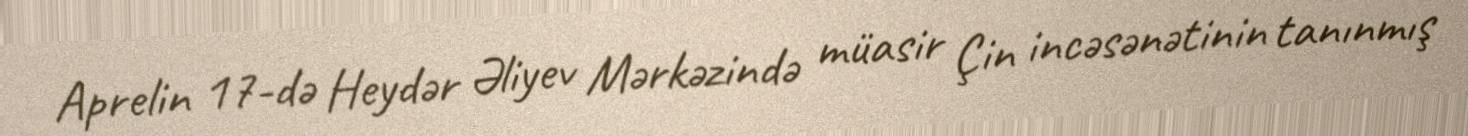
Aprelin 17-də Heydər Əliyev Mərkəzində müasir Çin incəsənətinin tanınmış